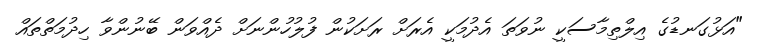
"އަޅުގަނޑުގެ އިލްތިމާސަކީ ނުވަތަ އެދުމަކީ އެރަށް ރަށަކުން ފުލުހުންނަށް ދެއްވަން ބޭނުންވާ ހިދުމަތްތައް